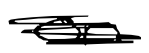
Text: on
Cross-out: scratch
Writing tool: digital_black